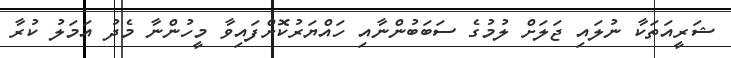
ޝަރީއަތަކާ ނުލައި ޖަލަށް ލުމުގެ ސަބަބުންނާއި ހައްޔަރުކޮށްފައިވާ މީހުންނާ މެދު އަމަލު ކުރާ